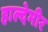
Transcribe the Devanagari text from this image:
हाल्देमीर